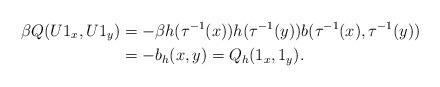
LaTeX: \begin{align*}\beta Q(U1_x,U1_y) &= - \beta h(\tau^{-1}(x)) h(\tau^{-1}(y)) b(\tau^{-1}(x),\tau^{-1}(y))\\&= -b_h(x,y) = Q_h(1_x,1_y).\end{align*}